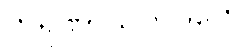
ကရုဏာသဟဂတေ